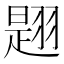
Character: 𦑡